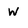
Character: w